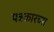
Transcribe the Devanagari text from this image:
पत्रकारच्या